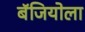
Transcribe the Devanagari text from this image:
बॅजियोला